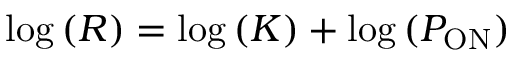
\log { ( R ) } = \log { ( K ) } + \log { ( P _ { \mathrm { O N } } ) }